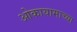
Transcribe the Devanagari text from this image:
ओकायामाच्या